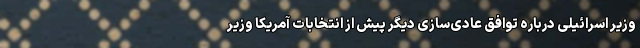
وزیر اسرائیلی درباره توافق عادی‌سازی دیگر پیش از انتخابات آمریکا وزیر